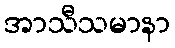
အာသီသမာနာ